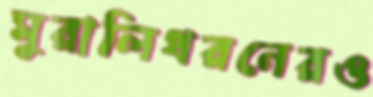
মুরালিধরনেরও